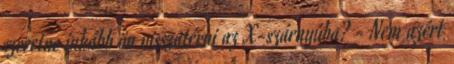
szeretne inkább ön visszatérni az X-szárnyúba? - Nem azért